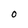
Character: O